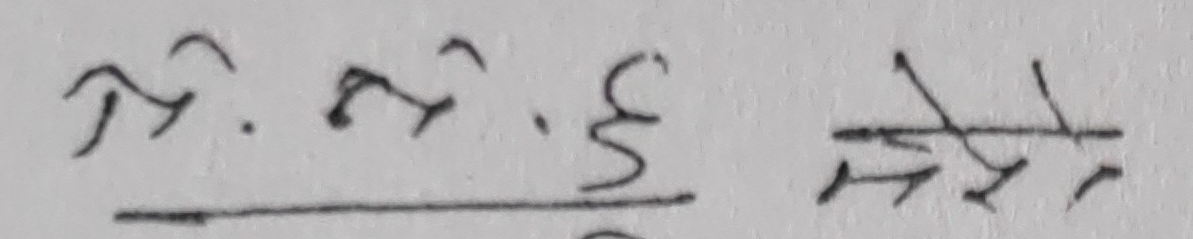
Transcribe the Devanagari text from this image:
ञं भं ६ / ९ मे रे मे रे